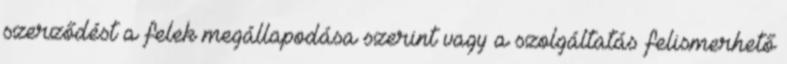
szerződést a felek megállapodása szerint vagy a szolgáltatás felismerhető